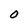
Character: O